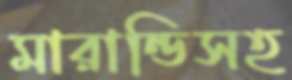
মারান্ডিসহ